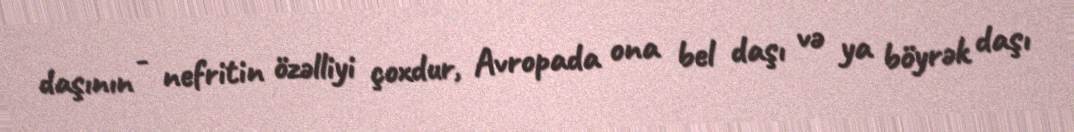
daşının - nefritin özəlliyi çoxdur, Avropada ona bel daşı və ya böyrək daşı